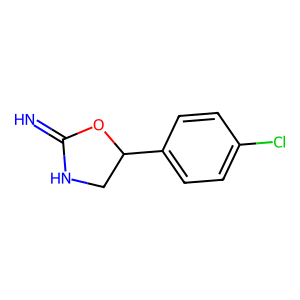
SMILES: N=C1NCC(c2ccc(Cl)cc2)O1
Inhibits HIV replication: No